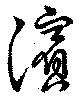
浜